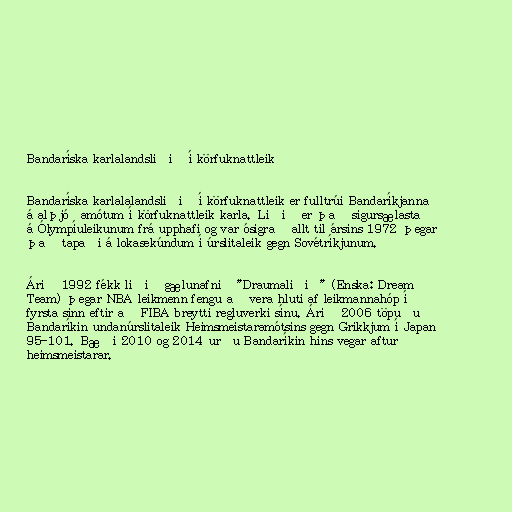
Bandaríska karlalandsliðið í körfuknattleik

Bandaríska karlalalandsliðið í körfuknattleik er fulltrúi Bandaríkjanna
á alþjóðamótum í körfuknattleik karla. Liðið er það sigursælasta
á Ólympíuleikunum frá upphafi og var ósigrað allt til ársins 1972 þegar
það tapaði á lokasekúndum í úrslitaleik gegn Sovétríkjunum.

Árið 1992 fékk liðið gælunafnið "Draumaliðið" (Enska: Dream
Team) þegar NBA leikmenn fengu að vera hluti af leikmannahóp í
fyrsta sinn eftir að FIBA breytti regluverki sínu. Árið 2006 töpuðu
Bandaríkin undanúrslitaleik Heimsmeistaramótsins gegn Grikkjum í Japan
95-101. Bæði 2010 og 2014 urðu Bandaríkin hins vegar aftur
heimsmeistarar.